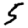
Digit: 5